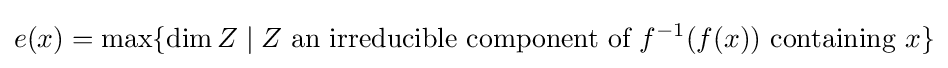
e(x)=\max\{\dim Z\mid Z{\text{ an irreducible component of }}f^{-1}(f(x)){\text{ containing }}x\}